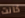
كانت